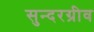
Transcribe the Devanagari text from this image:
सुन्दरग्रीव